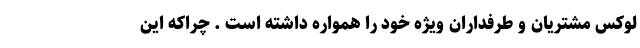
لوکس مشتریان و طرفداران ویژه خود را همواره داشته است . چراکه این